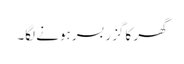
گھر کا گزر بسر ہونے لگا۔